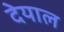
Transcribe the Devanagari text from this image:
देयाल